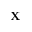
\mathbf { X }